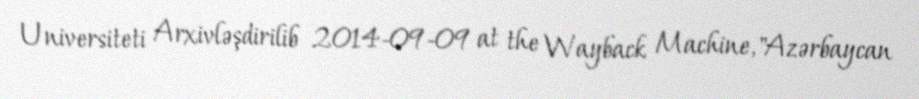
Universiteti Arxivləşdirilib 2014-09-09 at the Wayback Machine, "Azərbaycan